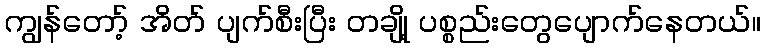
ကျွန်တော့် အိတ် ပျက်စီးပြီး တချို့ ပစ္စည်းတွေပျောက်နေတယ်။